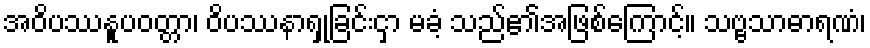
အဝိပဿနူပဝတ္တာ၊ ဝိပဿနာရှုခြင်းငှာ မခံ့ သည်၏အဖြစ်ကြောင့်။ သဗ္ဗသာဓာရဏံ၊